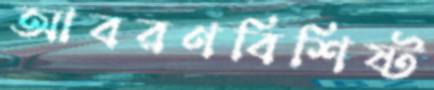
আবরণবিশিষ্ট